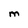
Character: M